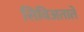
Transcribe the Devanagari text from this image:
सिविअताते